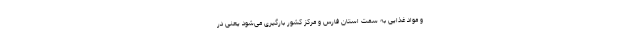
و مواد غذایی به سمت استان فارس و مرکز کشور بارگیری می‌شود یعنی در